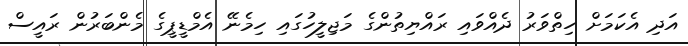
އަދި އެކަމަށް ހިތްވަރު ދެއްވައި ރައްޔިތުންގެ މަޖިލީހުގައި ހިމެނޭ އެމްޑީޕީގެ މެންބަރުން ރައީސް